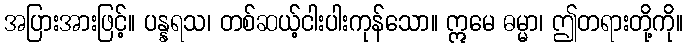
အပြားအားဖြင့်။ ပန္နရသ၊ တစ်ဆယ့်ငါးပါးကုန်သော။ ဣမေ ဓမ္မာ၊ ဤတရားတို့ကို။